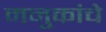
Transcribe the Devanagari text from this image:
मनुकांचे